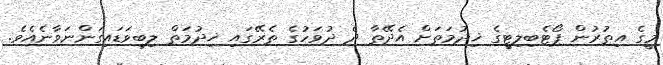
މީގެ އިތުރުން ޕޯޓެބިލިޓީގެ ޚިދުމަތަށް އެދޭތާ ދެ ދުވަހުގެ ތެރޭގައި ޚިދުމަތް ލިބިވަޑައިިގަންނަވާނެއެވެ.